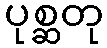
ပုစ္ဆတု